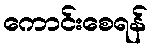
ကောင်းစေရန်